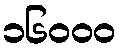
၁၆၀၀၀